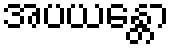
အပယန္တော